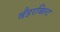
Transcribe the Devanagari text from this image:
वँडरबिल्ट